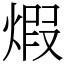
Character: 煆